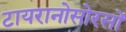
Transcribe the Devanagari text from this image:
टायरानोसोरसों